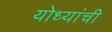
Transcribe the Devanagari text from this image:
योध्यांची